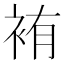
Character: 𫋸